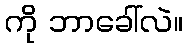
ကို ဘာခေါ်လဲ။